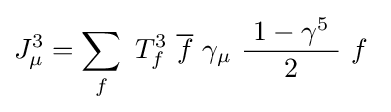
J_{\mu }^{3}=\sum _{f}\ T_{f}^{3}\ {\overline {f}}\ \gamma _{\mu }\ {\frac {\ 1-\gamma ^{5}\ }{2}}\ f~